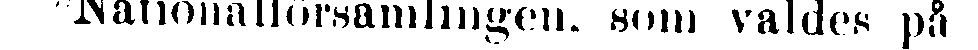
Nationalförsamlingen, som valdes på